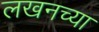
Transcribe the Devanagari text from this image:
लखनच्या